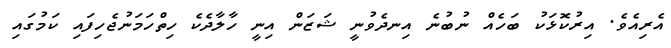
އެރިއެވެ. އިރުކޮޅަކު ބަހެއް ނުބުނެ އިނދެވުނީ ޝަޒަން އިނީ ހާލާދެކެ ހިތްހަމަނުޖެހިފައި ކަމުގައި